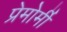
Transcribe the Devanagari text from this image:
प्रेमोर्मी